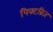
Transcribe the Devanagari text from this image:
पिक्टब्रिज